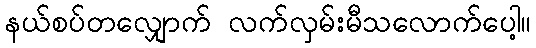
နယ်စပ်တလျှောက် လက်လှမ်းမီသလောက်ပေါ့။